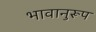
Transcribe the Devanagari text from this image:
भावानुरूप